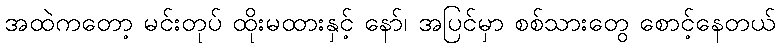
အထဲကတော့ မင်းတုပ် ထိုးမထားနှင့် နော်၊ အပြင်မှာ စစ်သားတွေ စောင့်နေတယ်